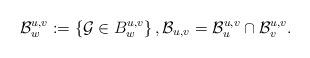
LaTeX: \begin{align*}\mathcal{B}_{w}^{u,v}: = \left\{\mathcal{G} \in B_{w}^{u,v} \right\}, \mathcal{B}_{u,v} = \mathcal{B}_{u}^{u,v} \cap \mathcal{B}_{v}^{u,v}. \end{align*}